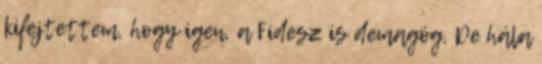
kifejtettem, hogy igen, a Fidesz is demagóg. De hála